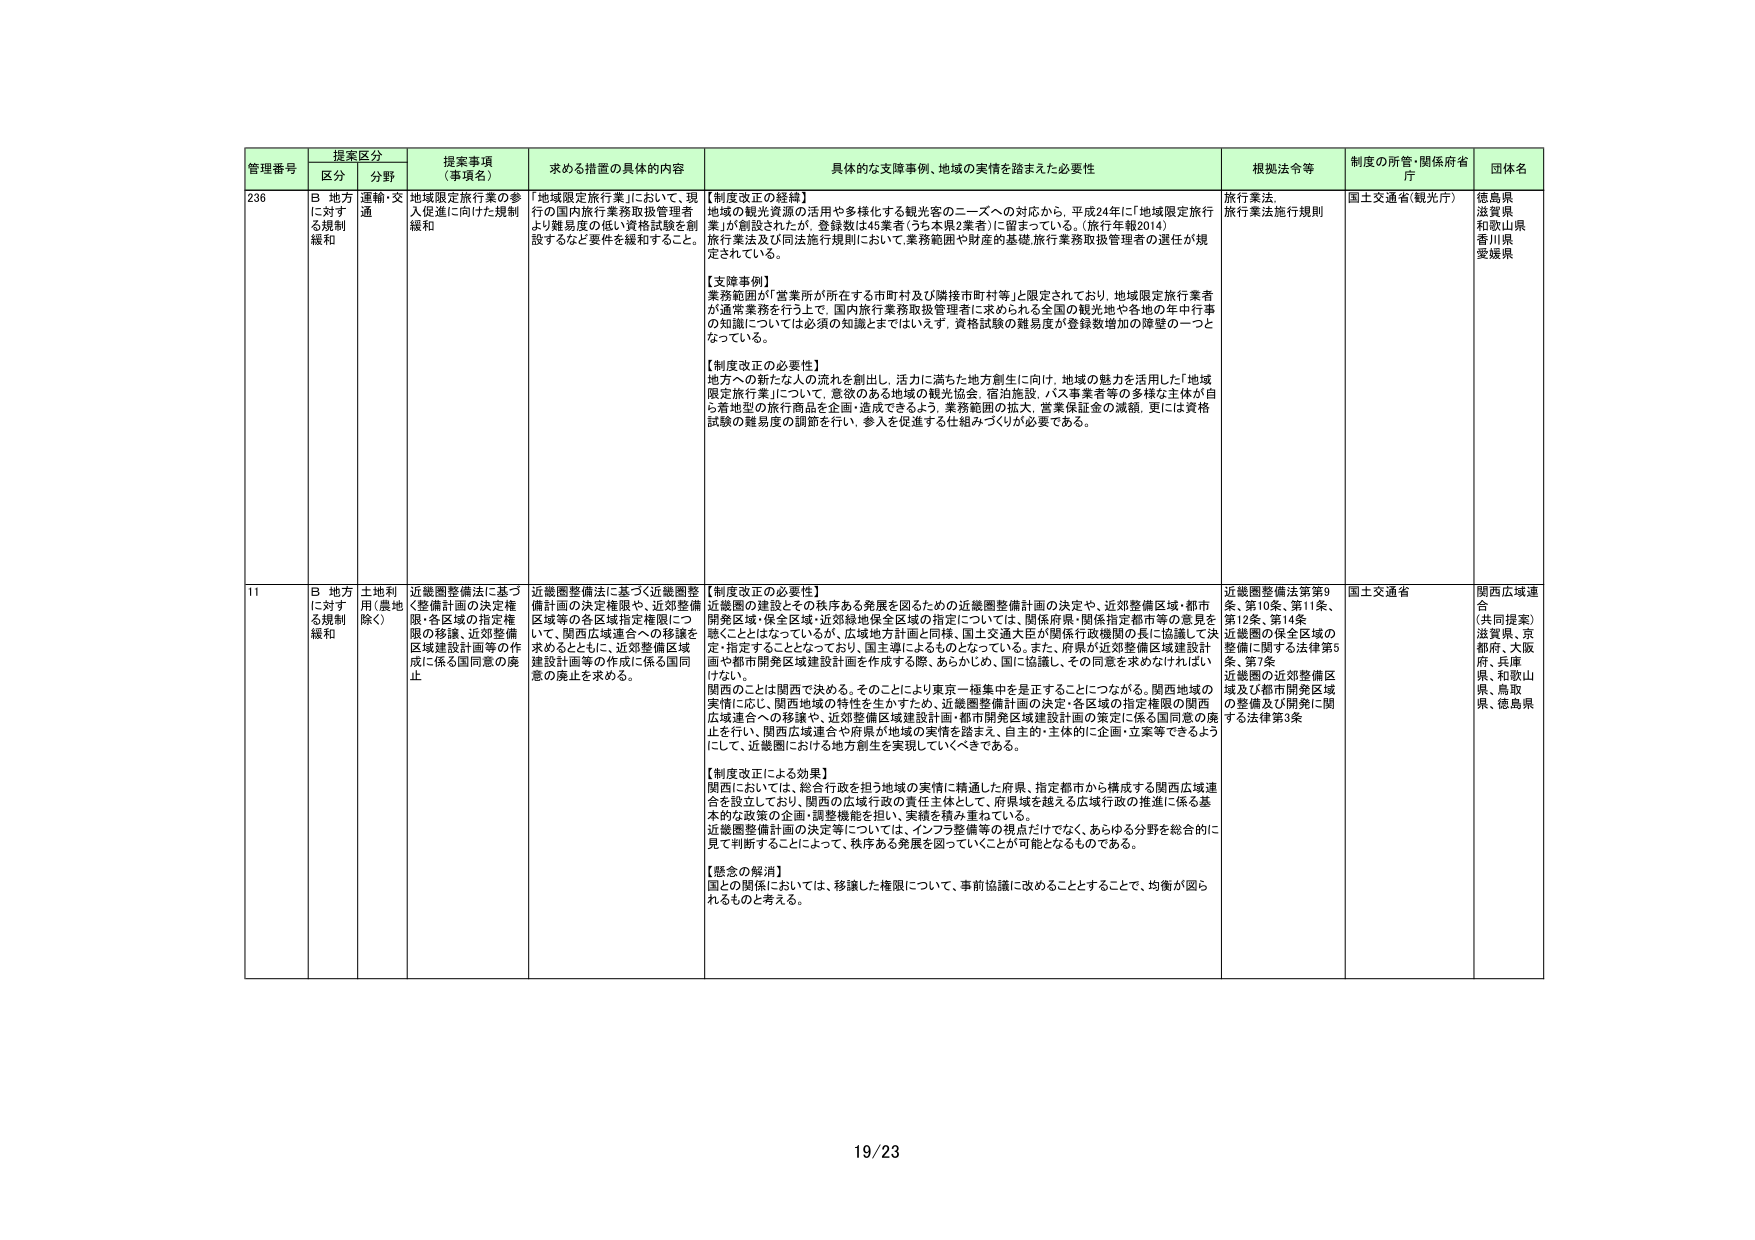
管理番号 提案区分 提案事項（事項名） 求める措置の具体的内容 具体的な支援事例、地域の実情を踏まえた必要性 根拠法令等 制度の所管・関係府省庁 団体名
区分 分野
236 B 地方に対する規制緩和 運輸・交通 地域限定旅行業の参入促進に向けた規制緩和 「地域限定旅行業」において、現行の国内旅行業務取扱管理者より難易度の低い資格試験を創設するなど要件を緩和すること。 【制度改正の経緯】 地域の観光資源の活用や多様化する観光客のニーズへの対応から、平成24年に「地域限定旅行業」が創設されたが、登録数は45業者（うち本県2業者）に留まっている。（旅行年報2014） 旅行業法及び同法施行規則において、業務範囲や財産の基礎、旅行業務取扱管理者の選任が規定されている。 【支援事例】 業務範囲が「営業所が所在する市町村及び隣接市町村等」と限定されており、地域限定旅行業者が通常業務を行う上で、国内旅行業務取扱管理者に求められる全国の観光地や各地の年中行事の知識については必須の知識とまではいえず、資格試験の難易度が登録数増加の障壁の一つとなっている。 【制度改正の必要性】 地方への新たな人の流れを創出し、活力に満ちた地方創生に向け、地域の魅力を活用した「地域限定旅行業」について、意欲のある地域の観光協会、宿泊施設、バス事業者等の多様な主体が自ら着地型の旅行商品を企画・造成できるよう、業務範囲の拡大、営業保証金の減額、更には資格試験の難易度の調節を行い、参入を促進する仕組みづくりが必要である。 旅行業法 旅行業法施行規則 国土交通省（観光庁） 徳島県 滋賀県 和歌山県 香川県 愛媛県
11 B 地方に対する規制緩和 土地利用（農地除く） 近畿圏整備法に基づく整備計画の決定権限・各区域の指定権限の移譲、近郊整備区域建設計画等の作成に係る国同意の廃止 近畿圏整備法に基づく近畿圏整備計画の決定権限や、近郊整備区域等の各区域指定権限について、関西広域連合への移譲を進めるとともに、近郊整備区域建設計画等の作成に係る国同意の廃止を求めめる。 【制度改正の必要性】 近畿圏の建設とその秩序ある発展を図るための近畿圏整備計画の決定や、近郊整備区域・都市開発区域・保全区域・近郊緑地保全区域の指定については、関係府県・関係指定都市等の意見を聴くことはなっているが、広域地方計画と同様、国土交通大臣が関係行政機関の長に協議して決定・指定することとなっており、国主導によるものとなっている。また、府県が近郊整備区域建設計画や都市開発区域建設計画を作成する際、あらかじめ、国に協議し、その同意を求めなければいけない。 関西のことは関西で決める。そのことにより東京一極集中を是正することにつながる。関西地域の実情に応じ、関西地域の特性を生かすため、近畿圏整備計画の決定・各区域の指定権限の関西広域連合への移譲や、近郊整備区域建設計画・都市開発区域建設計画の策定に係る国同意の廃止を行い、関西広域連合や府県が地域の実情を踏まえ、自主的・主体的に企画・立案等できるようにして、近畿圏における地方創生を実現していくべきである。 【制度改正による効果】 関西においては、総合行政を担う地域の実情に精通した府県、指定都市から構成する関西広域連合を設立しており、関西の広域行政の責任主体として、府県域を越える広域行政の推進に係る基本的な政策の企画・調整機能を担い、実績を積み重ねている。 近畿圏整備計画の決定等については、インフラ整備等の視点だけでなく、あらゆる分野を総合的に見て判断することによって、秩序ある発展を図っていくことが可能となるものである。 【懸念の解消】 国との関係においては、移譲した権限について、事前協議に改めることすることで、均衡が図られるものと考える。 近畿圏整備法第9条、第10条、第11条、第12条、第14条 近畿圏の保全区域の整備に関する法律第5条、第7条 近畿圏の近郊整備区域及び都市開発区域の整備及び開発に関する法律第3条 国土交通省 関西広域連合 （共同提案） 滋賀県、京都府、大阪府、兵庫県、和歌山県、鳥取県、徳島県
19/23